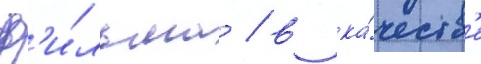
ф'и́льма / в ка́честв'е